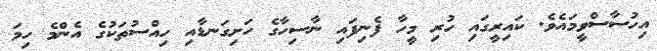
އިހުސާސްވީމައެވެ. ކައިރީގައި ހުރި މީހާ ފެނިފައި ނާސިހާގެ ހަށިގަނޑާއި ހިއްސުތަކުގެ އެންމެ ހިމަ